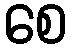
စေ